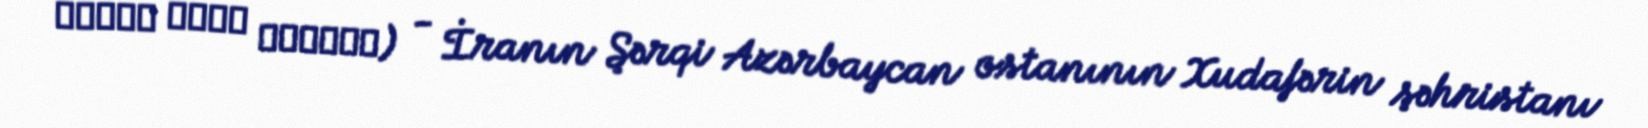
قشلاق مقدم شابنده) - İranın Şərqi Azərbaycan ostanının Xudafərin şəhristanı